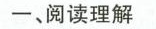
一、阅读理解